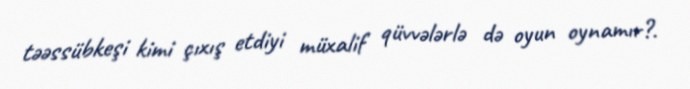
təəssübkeşi kimi çıxış etdiyi müxalif qüvvələrlə də oyun oynamır?.